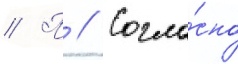
// П // Согла́сно